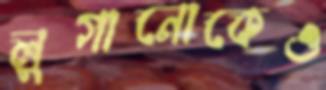
লুগানোকেও